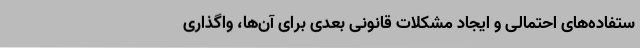
ستفاده‌های احتمالی و ایجاد مشکلات قانونی بعدی برای آن‌ها، واگذاری